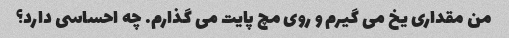
من مقداری یخ می گیرم و روی مچ پایت می گذارم. چه احساسی دارد؟